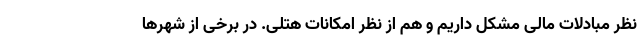
نظر مبادلات مالی مشکل داریم و هم از نظر امکانات هتلی. در برخی از شهرها